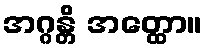
အဂ္ဂန္တိ အတ္ထော။